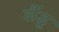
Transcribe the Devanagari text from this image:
लैंडू